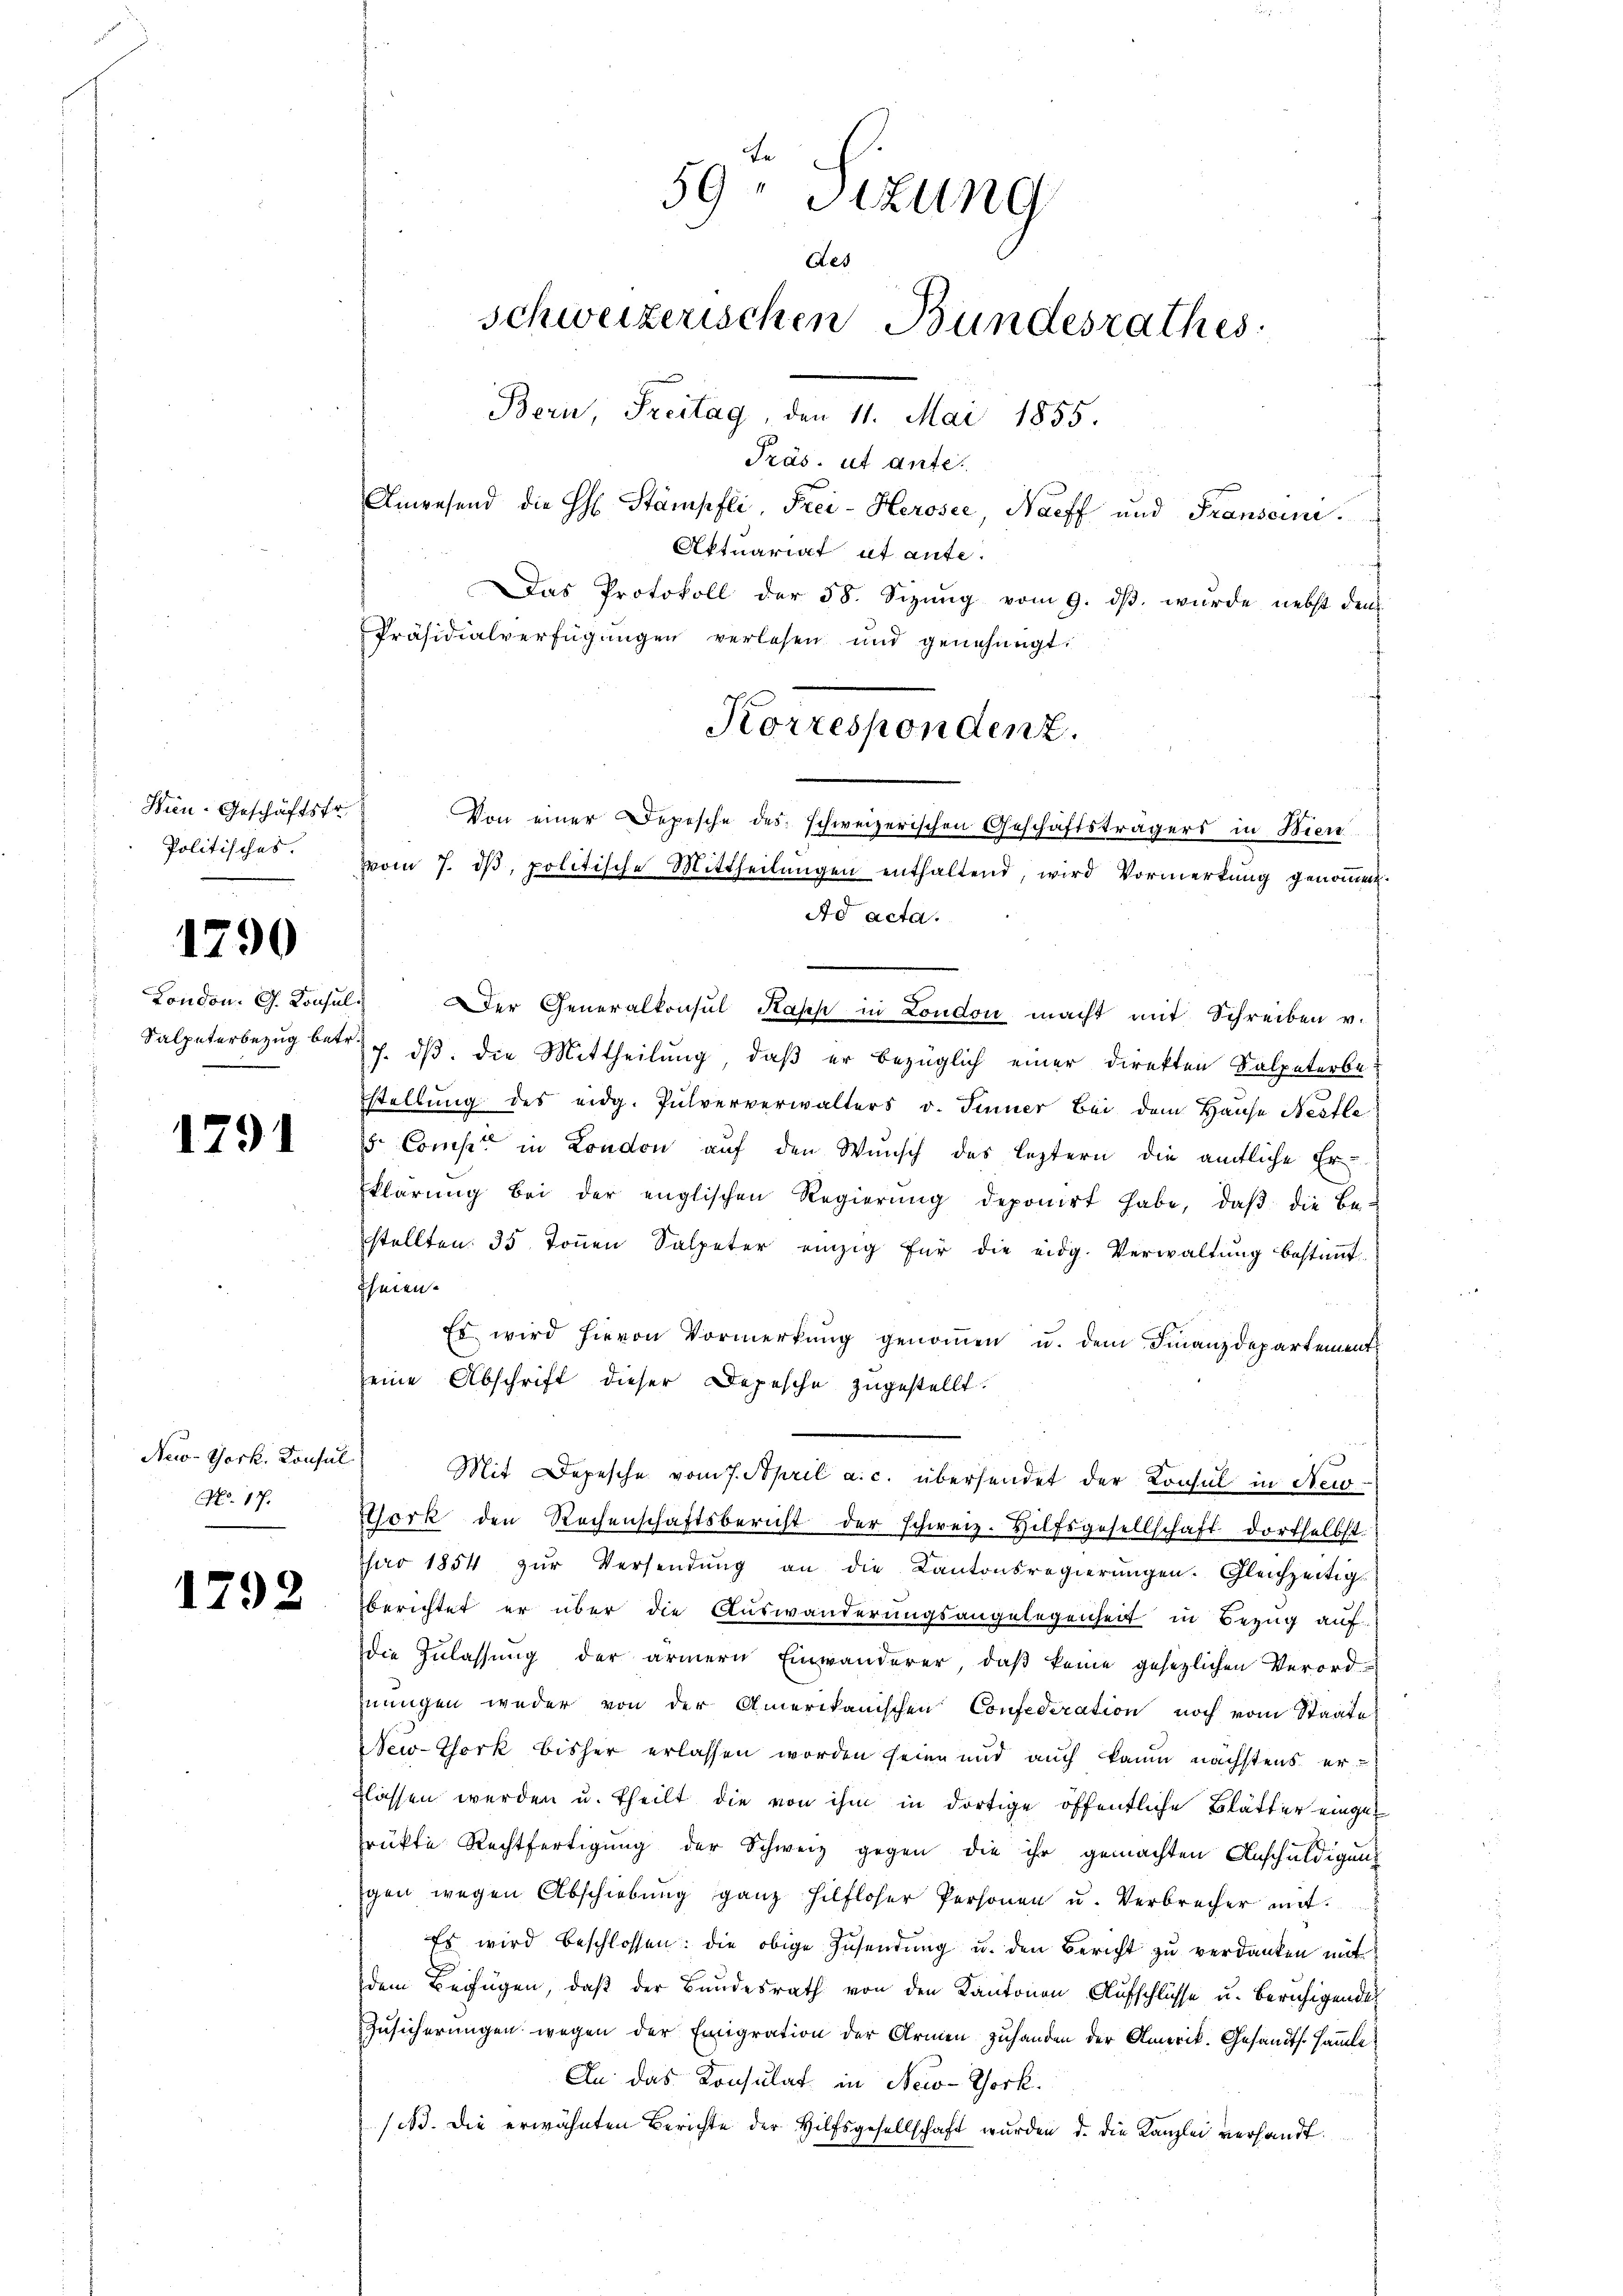
Hien-Geschäftsfr
Politisches.

1790

London. G. Konsul
Salpeterbezug betr.

1791

New-York, Konsul
No. 17.

1792

ich
59 Sizung
des
schweizerischen Bundesrathes
Bori, Freitag, den 11. Mai 1855.
Präs. ut ante.
Anwesend die H. Stampfli Frei-Heroser, Naeff und Fransein.
Aktuariat et ante.
Das Protokoll der 58. Sizung vom 9. dβ. wurde nebst dem
Präsidialverfügungen verlesen und genehmigt.

Von einer Depesche des schweizerischen Geschäftsträgers in Wien
vom 7. dβ, politische Mittheilŭngen enthaltend, wird Vormerkung genommen

Der Generalkonsul Kapp in London macht mit Schreiben v.
7. dβ. die Mittheilung, daß er bezüglich einer Direkten Salpeterbestellung des eidg. Pulververwalters v. Sinner Bei dem Hause Nestle
5. Compt in London auf den Wunsch des leztern die amtliche Erklärŭng bei der englischen Regierŭng deponirt habe, daβ die Be-
stellten. 35 Toṅen Salpeter einzig für die eidg. Verwaltŭng bestimmt.
Ihmen.
Es wird hievon Vormerkung genommen u. dem Finanzdepartement
seine Abschrift dieser Depesche zugestellt.
York den Rechenschaftsbericht der schweiz. Hilfsgesellschaft dortselbst
ao 1854 zŭr Versendŭng an die Kantonsregierŭngen. Gleichzeitigs
berichtet er über die Auswanderungsangelegenheit in Bezug auf
die Zulassung der ärmern Einwanderer, daß keine gesezlichen Verord-
mungen weder von der Amerikanischen Confederation noch vom Staate
Sew-York bisher erlassen worden seine und auch kaum nächstens er
lassen werden u. theilt die von ihm in dortige öffentliche Blätter eingerükte Rechtfertigung der Schweiz gegen die ihr gemachten Anschuldigungen wegen Abschiebung ganz hilfloser Personen u. Verbrecher mit
Es wird beschlossen: die obige Zŭsendŭng u. den Bericht zu verdanken mit
dem Beifügen, daß der Bundesrath von den Kantonen Aufschlüsse u. beruhigendes
Zusicherungen wegen der Emigration der Armen zuhanden der Amerik. Gesandts. sammle
An das Konsulat in New-York.
/A. die erwähnten Berichte der Hilfsgesellschaft wurden d. die Kanzlei verhandt.

Ad acta.

Mit Depesche vom 7. April a. c. übersendet der Konsul in New-

Korrespondenz.